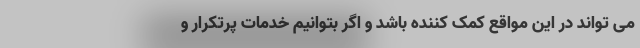
می تواند در این مواقع کمک کننده باشد و اگر بتوانیم خدمات پرتکرار و